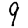
Digit: 9